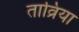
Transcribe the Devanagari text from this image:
ताव्रिया